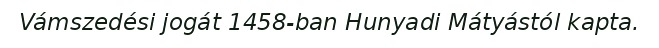
Vámszedési jogát 1458-ban Hunyadi Mátyástól kapta.